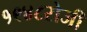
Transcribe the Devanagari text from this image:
१९४८रोजी